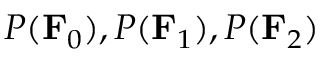
P ( \mathbf { F } _ { 0 } ) , P ( \mathbf { F } _ { 1 } ) , P ( \mathbf { F } _ { 2 } )